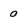
Character: 0